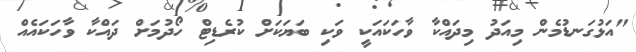
"އަޅުގަނޑުމެން މިއަދު މިދައްކާ ވާހަކައަކީ ވަކި ބަޔަކަށް ކުރެޑިޓް ހޯދުމަށް ދައްކާ ވާހަކައެއް